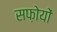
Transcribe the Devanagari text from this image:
सफ़ोयों